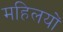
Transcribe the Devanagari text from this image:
महिलयों